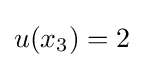
u(x_{3})=2